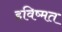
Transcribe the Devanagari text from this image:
हविष्मत